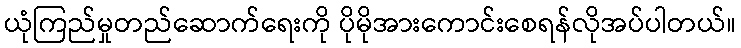
ယုံကြည်မှုတည်ဆောက်ရေးကို ပိုမိုအားကောင်းစေရန်လိုအပ်ပါတယ်။